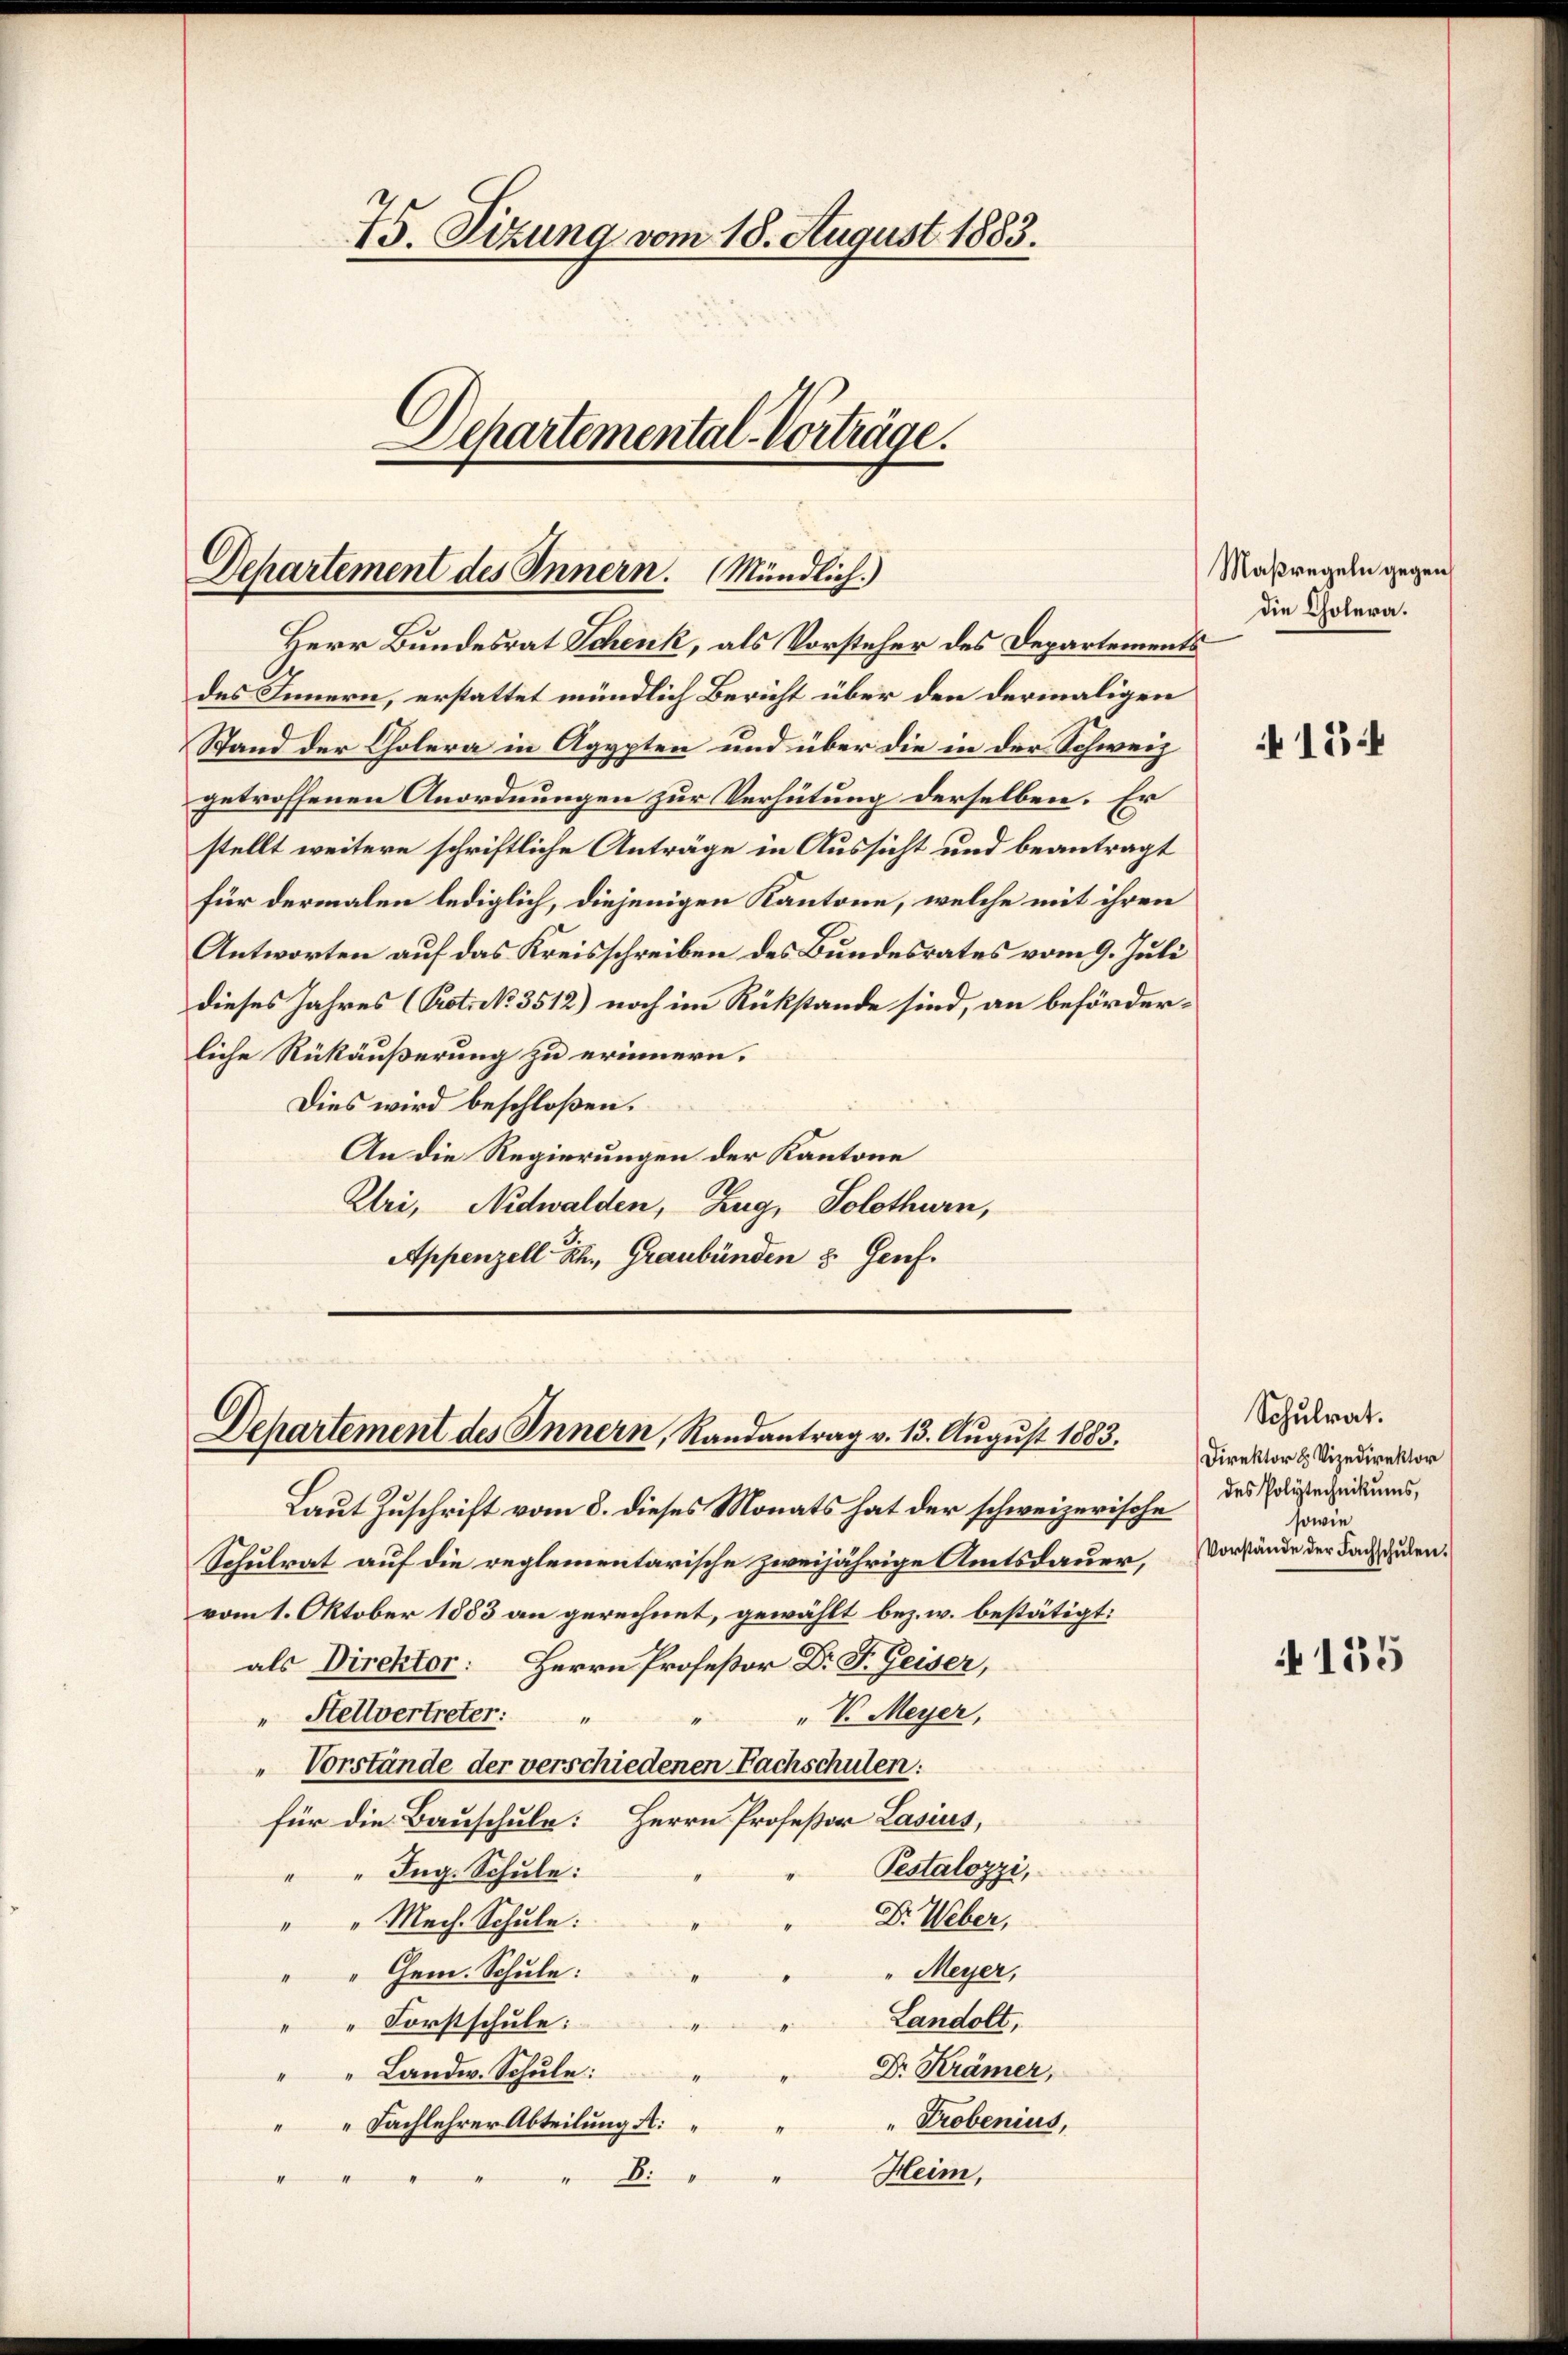
75. Sizung vom 18. August 1883.
Dchartemental-Vorträge.
—

Herr Bundesrat Schenk, als Vorsteher des Departements
des Innern, erstattet mündlich Bericht über den dermaligen
Stand der Cholera in Agypten und über die in der Schweiz
getroffenen Anordnungen zur Verhütung derselben. Er
stellt weitere schriftliche Anträge in Aussicht und beantragt
für dermalen lediglich, diejenigen Kantone, welche mit ihren
Antworten auf das Kreisschreiben des Bundesrates vom 9. Juli
dieses Jahres (Prot. N. 3512) noch im Rükstande sind, an beförderliche Rükäußerung zu erinnern.
Dies wird beschloßen:
An die Regierungen der Kantone
Uri, Nidwalden, Zug, Solothurn,
Appenzell Sch., Graubünden 3 Genf.

Departement des Innern. Mündlich.)

Dechartement des Innern, Randantrag v. 13. August 1883.

Laut Zuschrift vom 8. dieses Monats hat der schweizerische
Schulrat auf die reglementarische zweijährige Amtsdauer, Vorstände der Dach Judenvom 1. Oktober 1883 an gerechnet, gewählt bez. w. bestätigt:
als Direktor: Herrn Profeßor Dr. F. Geiser,
" V. Meyer,
" Stellvertreter: "
Vorstände der verschiedenen Fachschulen:
für die Bauschule: Herrn Professor Lasius,
Pestalozzi,
Ing. Schule:
D. Weber,
" Mech. Schule:
1
" Meyer,
Gem. Schule:
Landolt,
Forstschule:
Dr. Krämer,
Landw. Schule:
" Probenius,
Fachlehrer Abteilung A
.
Heim,
B.

Maßregeln gegen
die Cholera.

15

Schulrat.
Direktor u Vizedirektor
des Polytechnikums,
sowie

N 135